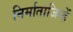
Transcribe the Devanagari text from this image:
निर्माताजिन्हें